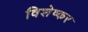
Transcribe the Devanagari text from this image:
विशेष्कर